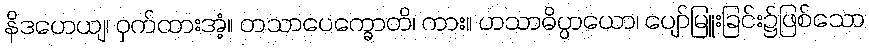
နိဒဟေယျ၊ ဝှက်ထားအံ့။ တသာပေက္ခောတိ၊ ကား။ ဟသာဓိပ္ပာယော၊ ပျော်မြူးခြင်း၌ဖြစ်သော